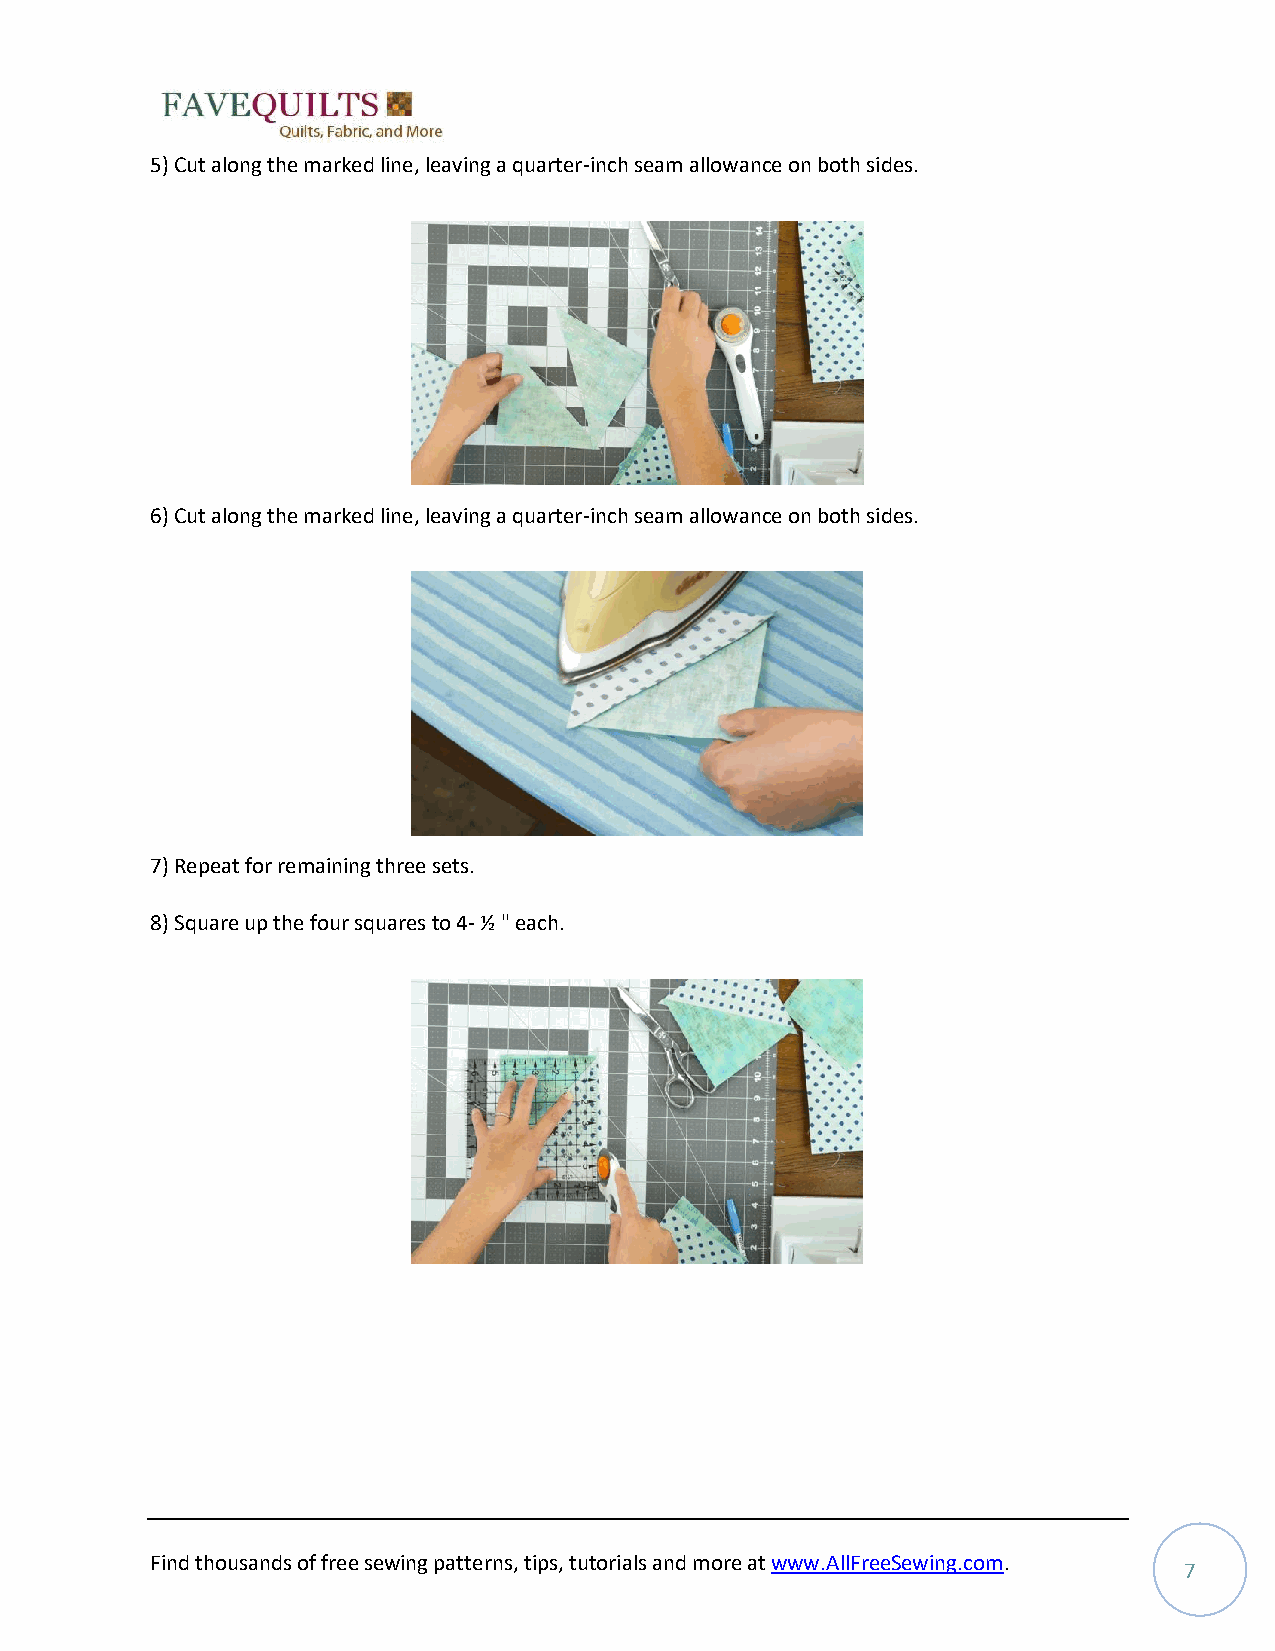
5) Cut along the marked line, leaving a quarter-inch seam allowance on both sides.
 6) Cut along the marked line, leaving a quarter-inch seam allowance on both sides.
 7) Repeat for remaining three sets.
 8) Square up the four squares to 4- ½ " each.
 Find thousands of free sewing patterns, tips, tutorials and more at www.AllFreeSewing.com.
 7